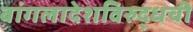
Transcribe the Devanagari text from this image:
बांगलादेशविरुद्धची